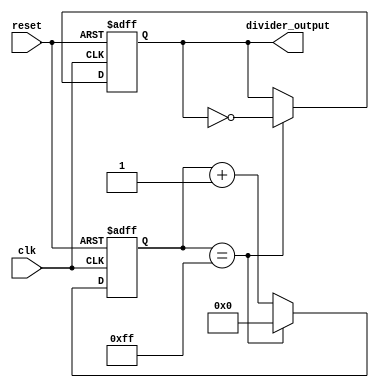
module clock_divider (
    input wire clk,
    input wire reset,
    output reg divider_output
);

reg [7:0] counter;

always @(posedge clk or posedge reset) begin
    if (reset) begin
        counter <= 8'h00;
        divider_output <= 1'b0;
    end
    else begin
        if (counter == 8'hFF) begin
            counter <= 8'h00;
            divider_output <= ~divider_output;
        end
        else begin
            counter <= counter + 1;
        end
    end
end

endmodule